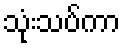
သုံးသပ်ကာ